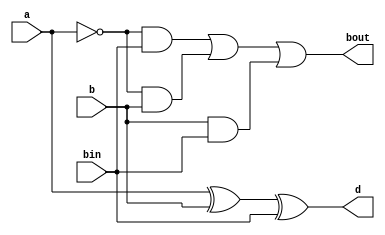
module d_fullsub(a,b,bin,bout,d);
    input a,b,bin;
    output bout,d;
    wire w,d1,b1,b2;
    assign d = (a^b)^bin;
    assign bout = ((~a)&bin)|((~a)&b)|(b&bin);
endmodule